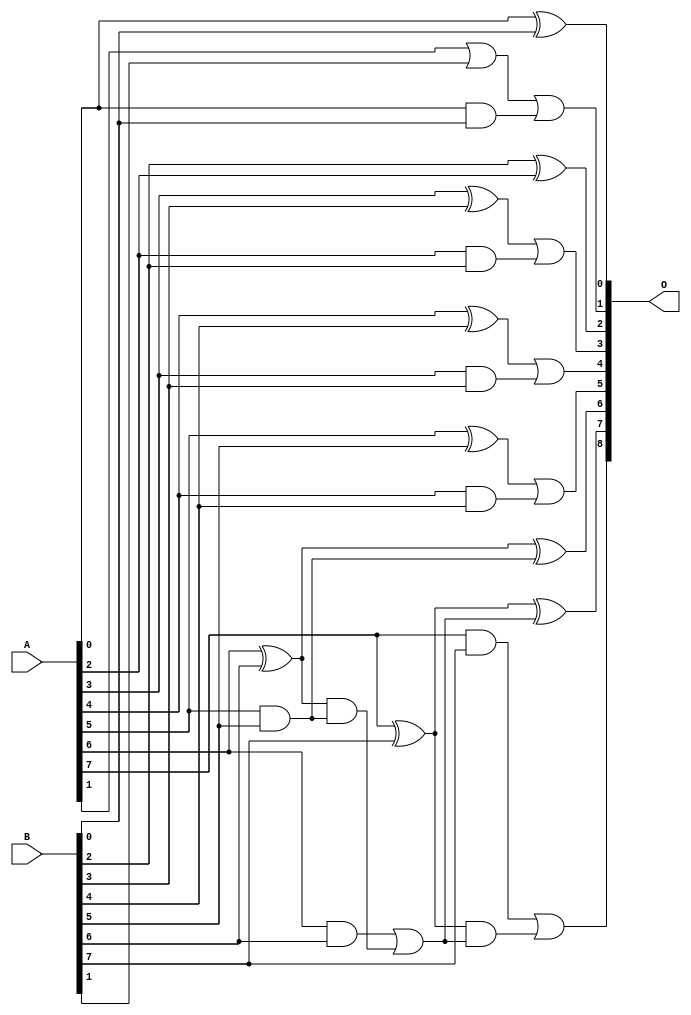
/***
* This code is a part of EvoApproxLib library (ehw.fit.vutbr.cz/approxlib) distributed under The MIT License.
* When used, please cite the following article(s): V. Mrazek, L. Sekanina, Z. Vasicek "Libraries of Approximate Circuits: Automated Design and Application in CNN Accelerators" IEEE Journal on Emerging and Selected Topics in Circuits and Systems, Vol 10, No 4, 2020 
* This file contains a circuit from a sub-set of pareto optimal circuits with respect to the pwr and ep parameters
***/
// MAE% = 1.54 %
// MAE = 7.9 
// WCE% = 8.59 %
// WCE = 44 
// WCRE% = 66.67 %
// EP% = 59.96 %
// MRE% = 3.76 %
// MSE = 190 
// PDK45_PWR = 0.018 mW
// PDK45_AREA = 65.2 um2
// PDK45_DELAY = 0.24 ns


module add8u_8FD(A, B, O);
  input [7:0] A, B;
  output [8:0] O;
  wire sig_17, sig_18, sig_24, sig_27, sig_28, sig_29;
  wire sig_32, sig_33, sig_34, sig_37, sig_38, sig_39;
  wire sig_42, sig_43, sig_44, sig_45, sig_47, sig_48;
  wire sig_49, sig_50;
  assign sig_17 = A[0] & B[0];
  assign sig_18 = A[1] | B[1];
  assign O[1] = sig_18 | sig_17;
  assign sig_24 = A[2] & B[2];
  assign sig_27 = sig_24;
  assign sig_28 = A[3] ^ B[3];
  assign sig_29 = A[3] & B[3];
  assign O[3] = sig_28 | sig_27;
  assign sig_32 = sig_29;
  assign sig_33 = A[4] ^ B[4];
  assign sig_34 = A[4] & B[4];
  assign O[0] = A[0] ^ B[0];
  assign O[4] = sig_33 | sig_32;
  assign sig_37 = sig_34;
  assign sig_38 = A[5] ^ B[5];
  assign sig_39 = A[5] & B[5];
  assign O[2] = B[2] ^ A[2];
  assign O[5] = sig_38 | sig_37;
  assign sig_42 = sig_39;
  assign sig_43 = A[6] ^ B[6];
  assign sig_44 = A[6] & B[6];
  assign sig_45 = sig_43 & sig_42;
  assign O[6] = sig_43 ^ sig_42;
  assign sig_47 = sig_44 | sig_45;
  assign sig_48 = A[7] ^ B[7];
  assign sig_49 = A[7] & B[7];
  assign sig_50 = sig_48 & sig_47;
  assign O[7] = sig_48 ^ sig_47;
  assign O[8] = sig_49 | sig_50;
endmodule